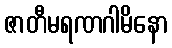
ဇာတီမရဏဂါမိနော